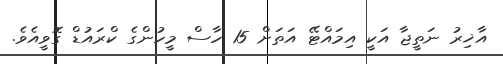
އާޚިރު ނަތީޖާ އަކީ އިމައްޓޭ އަތަށް 15 ހާސް މީހުންގެ ކްރައުޑް ގޮވީއެވެ.